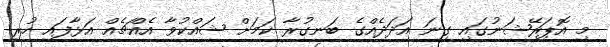
މި އޮޕަރޭޝަނުގައި ގިނަ އަދަދެއްގެ ބަނގުރާ ކަމަށް ޝައްކުވާ އެއްޗެއް އަޅާފައި ހުރި